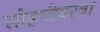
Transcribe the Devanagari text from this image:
सोहगीबरवा